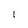
Character: I